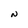
Character: N